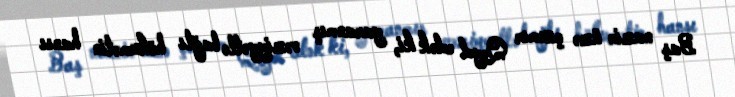
Baş nazir üzə çıxmır Qeyd edək ki, yaranmış vəziyyətlə bağlı hökumətin hansı